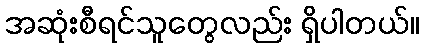
အဆုံးစီရင်သူတွေလည်း ရှိပါတယ်။